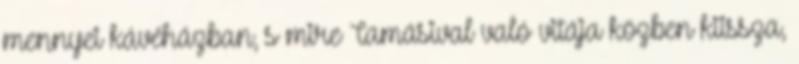
mennyei kávéházban, s mire Tamásival való vitája közben kiissza,